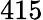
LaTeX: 415